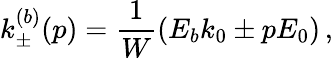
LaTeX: k_{\pm}^{(b)}(p)=\frac{1}{W}\left(E_{b}k_{0}\pm pE_{0}\right)\, ,